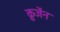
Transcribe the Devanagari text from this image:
क्रुजेंन